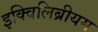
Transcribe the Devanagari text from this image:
इक्विलिब्रीयम